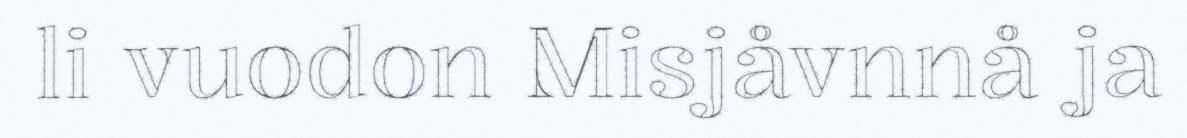
li vuodon Misjåvnnå ja